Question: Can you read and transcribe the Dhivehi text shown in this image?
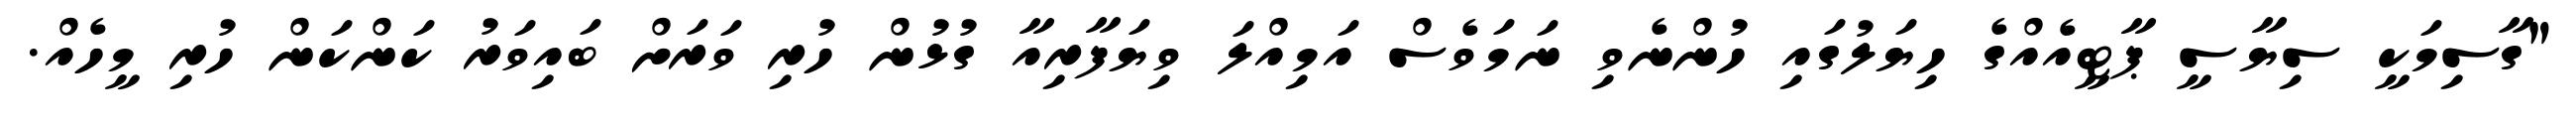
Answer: "ގާސިމަކީ ސިޔާސީ ޕާޓީއެއްގެ ހިޔަލުގައި ހުންނެވި ނަމަވެސް އަމިއްލަ ވިޔަފާރިއާ ގުޅުން ހުރި ވަރަށް ބައިވަރު ކަންކަން ހުރި މީހެއް.